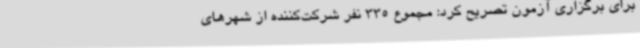
برای برگزاری آزمون تصریح کرد: مجموع 335 نفر شرکت‌کننده از شهرهای